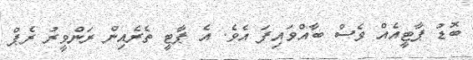
ބޮޑު ޕާޓީއެއް ވެސް ބާއްވައިފަ އެވެ. އެ ޕާޓީ ތެރެއިން ރަންވީރު ރެޕް